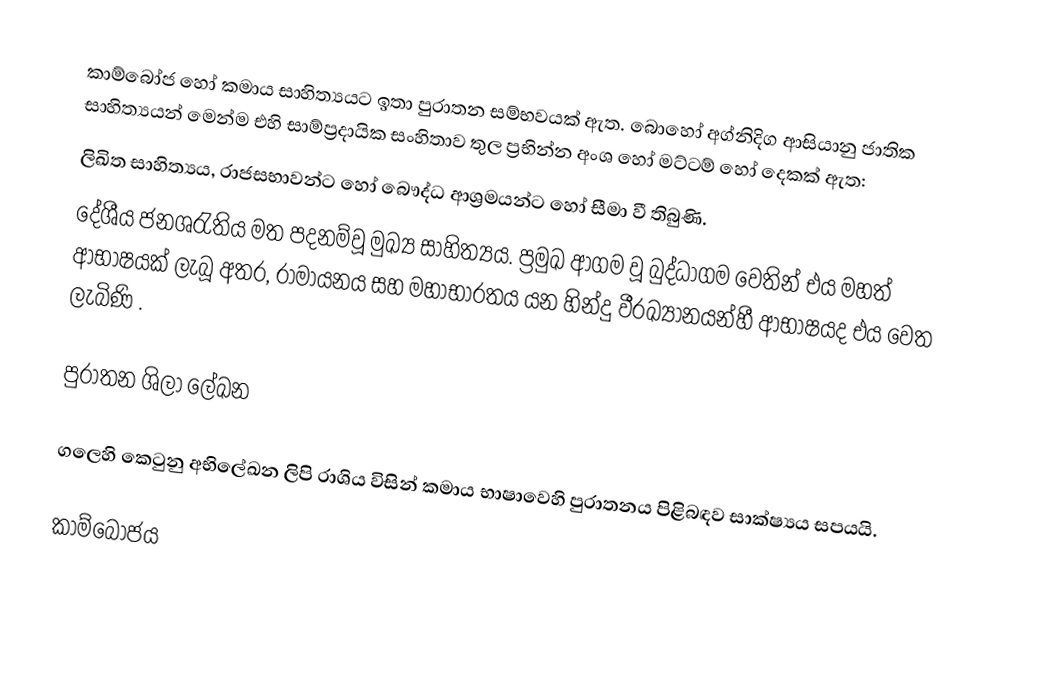
කාම්බෝජ හෝ කමාය සාහිත්‍යයට ඉතා පුරාතන සම්භවයක් ඇත. බොහෝ අග්නිදිග ආසියානු ජාතික සාහිත්‍යයන් මෙන්ම එහි සාම්ප්‍රදායික සංහිතාව තුල ප්‍රභින්න  අංශ හෝ මට්ටම් හෝ දෙකක් ඇත:
ලිඛිත සාහිත්‍යය, රාජසභාවන්ට හෝ  බෞද්ධ ආශ්‍රමයන්ට  හෝ සීමා වී තිබුණි.
 දේශීය ජනශ‍්‍රැතිය මත පදනම්වූ මුඛ්‍ය සාහිත්‍යය. ප්‍රමුඛ ආගම වූ බුද්ධාගම  වෙතින් එය මහත් ආභාෂයක් ලැබූ අතර, රාමායනය සහ මහාභාරතය යන හින්දු වීරඛ්‍යානයන්හී ආභාෂයද එය වෙත ලැබිණි .

පුරාතන ශිලා ලේඛන

ගලෙහි කෙටුනු අභිලේඛන ලිපි  රාශිය විසින් කමාය භාෂාවෙහි පුරාතනය පිළිබඳව සාක්ෂ්‍යය සපයයි.

කාම්බෝජය